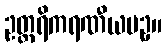
ဥတ္တရိကရဏီယပဥှ။